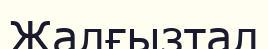
Жалғызтал